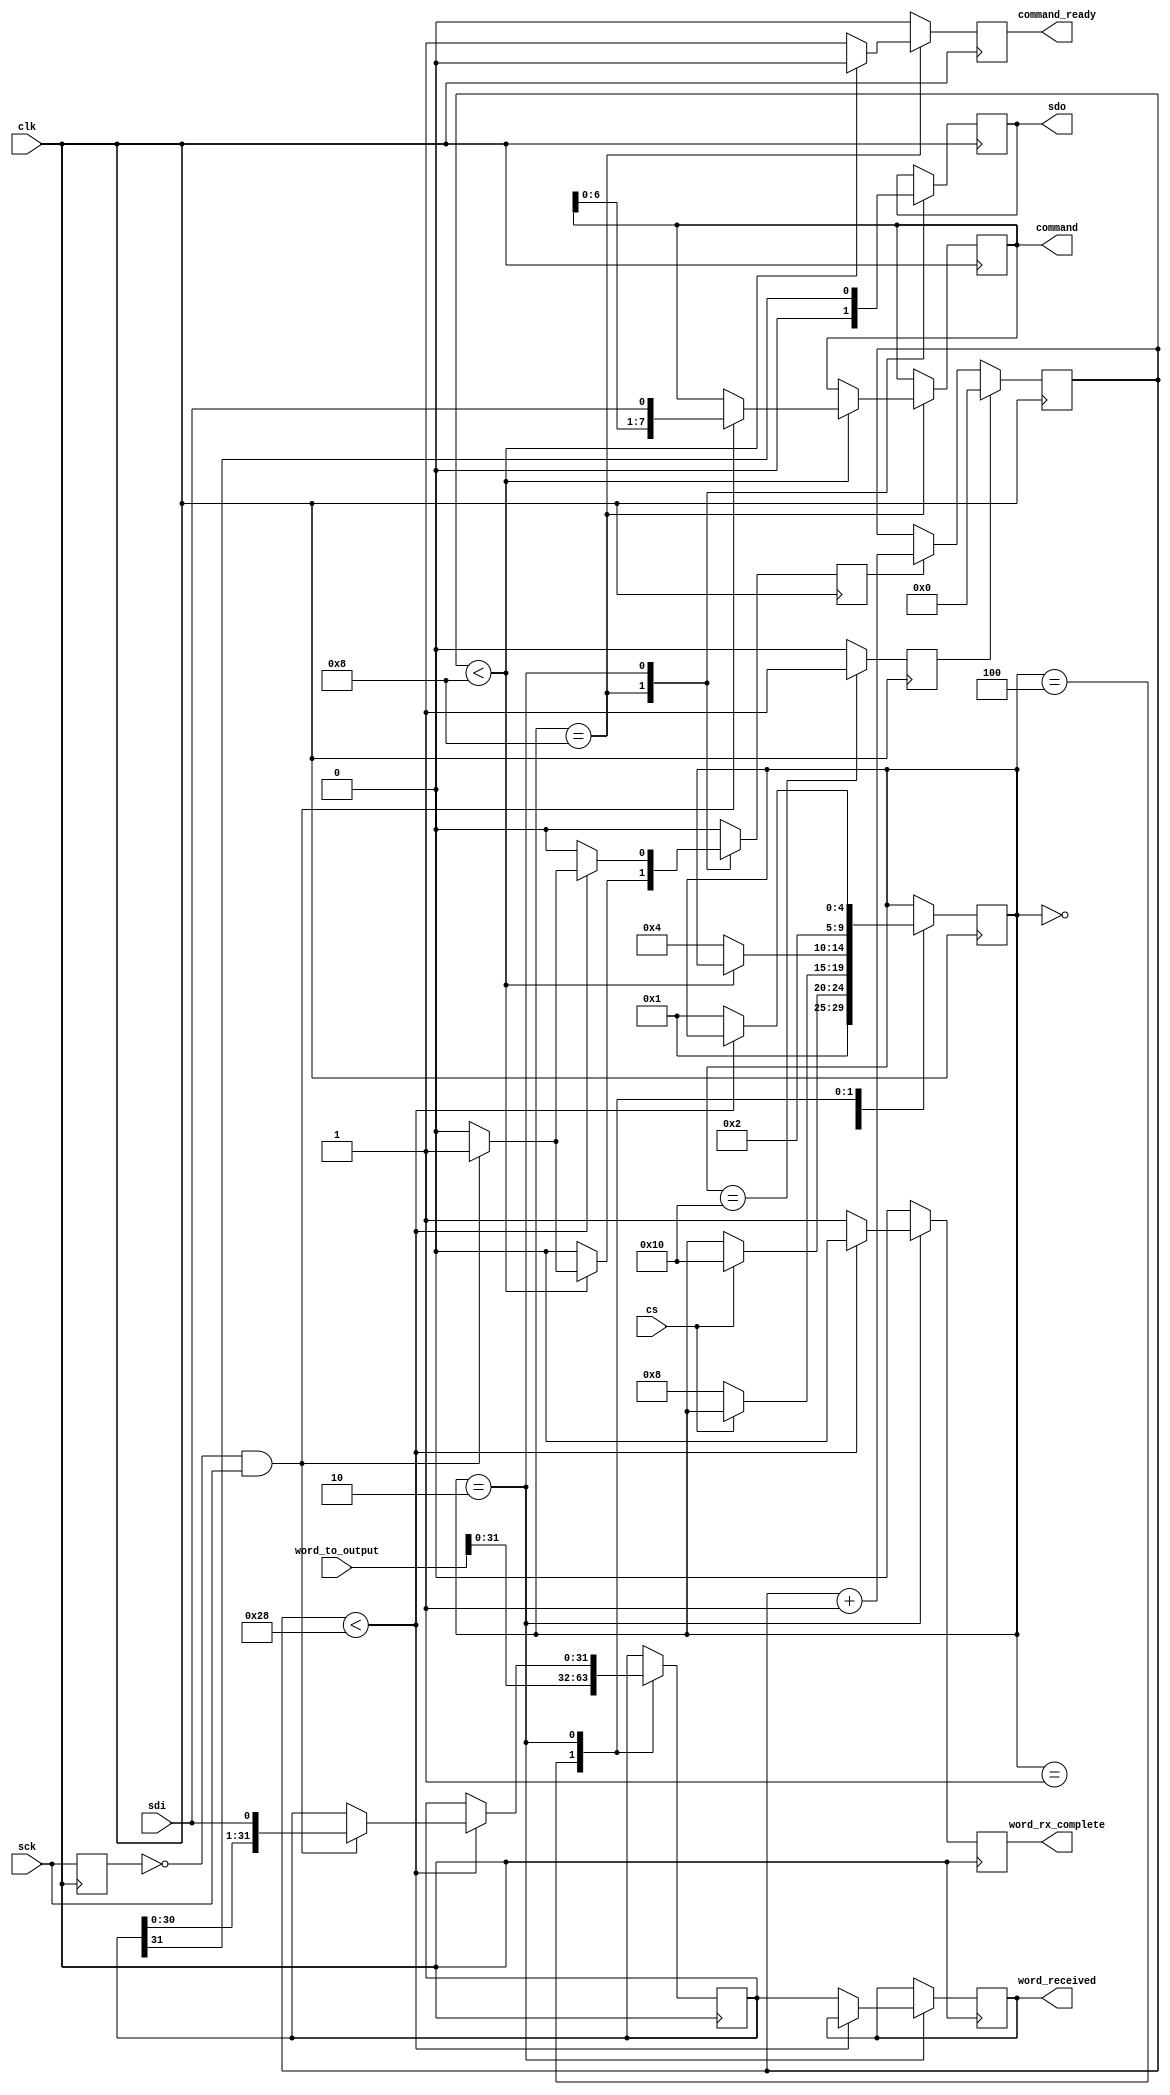
module simple_spi(
    input clk,

    // Control interface
    input [WORD_SIZE:0] word_to_output,
    output reg [WORD_SIZE - 1:0] word_received,
    output reg [COMMAND_SIZE - 1:0] command,
    output reg command_ready,
    output reg word_rx_complete,

    // SPI
    input sck, sdi, cs,
    output reg sdo
);

    // Word size.
    parameter WORD_SIZE    = 32;
    parameter COMMAND_SIZE = 8;

    // State encoding.
    parameter STATE_RESET  = 5'b00000;
    parameter STATE_WAIT   = 5'b10000;
    parameter STATE_CMD    = 5'b01000;
    parameter STATE_STAGE  = 5'b00100;
    parameter STATE_DATA   = 5'b00010;
    parameter STATE_STALL  = 5'b00001;

    wire sck_rising_edge;
    reg  sck_last_cycle;

    // Counter for the total bits observed in the current command.
    reg [5:0] bit_count;
    reg clear_bit_count, increment_bit_count;

    // Command and staging registers register.
    reg [31:0] current_word;

    // Control FSM signals.
    reg [4:0] state;

    //
    // Initialization (for simulation and non-lattice platforms)
    //
    initial begin
        state <= STATE_RESET;
    end

    //
    // Datapath
    //

    // Rising edge detector for SC.
    always @(posedge clk) begin
        sck_last_cycle <= sck;
    end

    assign sck_rising_edge = (!sck_last_cycle) & (sck);

    // SCK edge counter
    always @(posedge clk) begin
    if (clear_bit_count == 1)
        bit_count <= 0;
    else if(increment_bit_count == 1)
        bit_count <= bit_count + 1;
    end

    //
    // Control
    //
    always @(posedge clk) begin

        // Default our control signals to unasserted.
        clear_bit_count     <= 0;
        increment_bit_count <= 0;
        command_ready       <= 0;
        word_rx_complete    <= 0;

        case(state)
            // By default, start off in the "STALL" state
            // to prevent interaction with a half-executed transaction.
            STATE_RESET: begin
                state <= STATE_STALL;
            end

            // The stall state is entered when CS is low, but we can't handle new
            // bits (e.g. we were receiveing it as the device started up, or we've
            // recieved more than a command + a word.
            STATE_STALL: begin
                if (cs == 1)
                  state <= STATE_WAIT;
            end

            // The wait state is the state where we idle while the chip isn't
            // actively selected. We wait here for a new transaciton, doing nothing,
            // until CS goes low.
            STATE_WAIT: begin
                clear_bit_count <= 1;

                if (cs == 0)
                    state <= STATE_CMD;
            end

            // Once CS has gone low, we shift in our command byte.
            STATE_CMD: begin
                sdo <= 0;

                if (bit_count < COMMAND_SIZE) begin

                    // Shift in our command bits.
                    if (sck_rising_edge == 1) begin
                        increment_bit_count <= 1;
                        command <= {command, sdi};
                    end
                end
                else begin
                    state <= STATE_STAGE;
                    command_ready <= 1;
                end
            end

            // Allow the external controller to stage a response, if desired.
            STATE_STAGE: begin
                current_word <= word_to_output;
                state <= STATE_DATA;
            end

            // Once we've recieved a command byte, we recieve a 32-bit data word
            // and shift in/out the current word.
            STATE_DATA: begin
                sdo <= current_word[WORD_SIZE - 1];

                if (bit_count < (COMMAND_SIZE + WORD_SIZE)) begin

                    // Shift in our command bits.
                    if (sck_rising_edge == 1) begin
                        increment_bit_count <= 1;
                        current_word <= {current_word, sdi};
                    end
                end
                else begin
                    state <= STATE_STALL;
                    word_received <= current_word;
                    word_rx_complete <= 1;
                end
            end

        endcase
    end

// Establish initial conditions for simulation.
`ifdef COCOTB_SIM
    initial begin
        $dumpfile ("simple_spi.vcd");
        $dumpvars;
        #1;
    end
`endif


endmodule